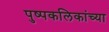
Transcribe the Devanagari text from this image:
पुष्पकलिकांच्या